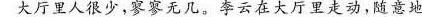
大厅里人很少，寥寥无几。李云在大厅里走动，随意地